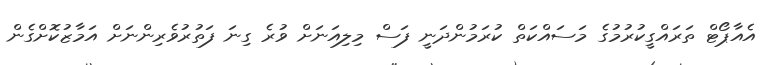
އެއާޕޯޓް ތަރައްގީކުރުމުގެ މަސައްކަތް ކުރަމުންދަނީ ފަސް މިލިއަނަށް ވުރެ ގިނަ ފަތުރުވެރިންނަށް އަމާޒުކޮށްގެން